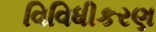
વિવિધીકરણ